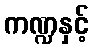
ကဏ္ဍနှင့်